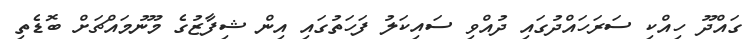
ގައްދޫ ހިއްކި ސަރަހައްދުގައި ދުއްވި ސައިކަލު ފަހަތުގައި އިން ޝިފާޒުގެ މޫނުމައްޗަށް ބޮޑެތި